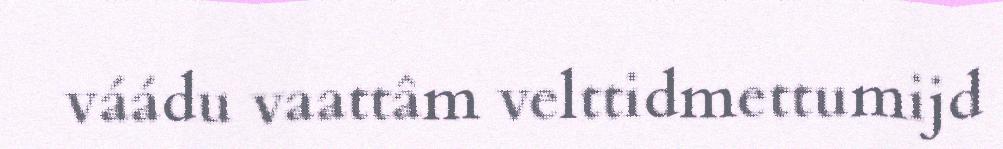
váádu vaattâm velttidmettumijd